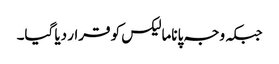
جبکہ وجہ پاناما لیکس کو قرار دیا گیا۔